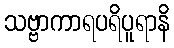
သဗ္ဗာကာရပရိပူရာနိ